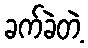
ခက်ခဲတဲ့